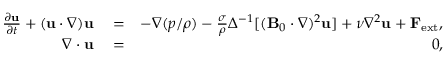
\begin{array} { r l r } { \frac { \partial { \bf u } } { \partial t } + ( { \bf u } \cdot \nabla ) { \bf u } } & { { } = } & { - \nabla ( { p } / { \rho } ) - \frac { \sigma } { \rho } \Delta ^ { - 1 } [ ( { \bf B } _ { 0 } \cdot \nabla ) ^ { 2 } { \bf u } ] + \nu \nabla ^ { 2 } { \bf u } + { \bf F } _ { \mathrm { e x t } } , } \\ { \nabla \cdot { \bf u } } & { { } = } & { 0 , } \end{array}